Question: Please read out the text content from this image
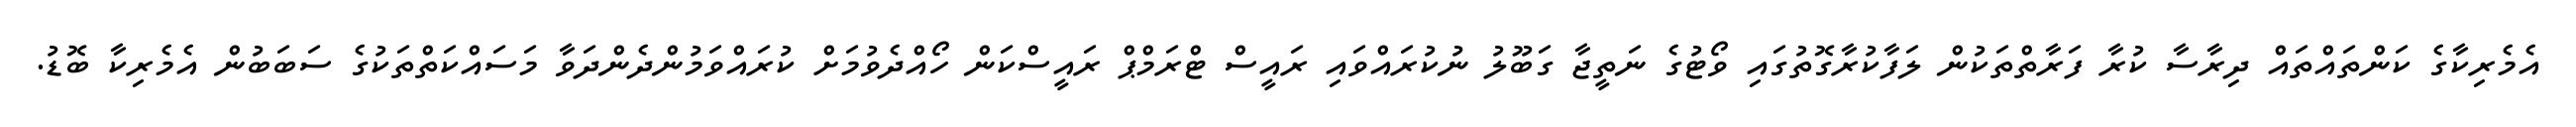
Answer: އެމެރިކާގެ ކަންތައްތައް ދިރާސާ ކުރާ ފަރާތްތަކުން ލަފާކުރާގޮތުގައި ވޯޓުގެ ނަތީޖާ ގަބޫލު ނުކުރައްވައި ރައީސް ޓްރަމްޕް ރައީސްކަން ހޯއްދެވުމަށް ކުރައްވަމުންދެންދަވާ މަސައްކަތްތަކުގެ ސަބަބުން އެމެރިކާ ބޮޑު.